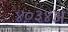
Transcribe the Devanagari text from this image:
४०३४अ